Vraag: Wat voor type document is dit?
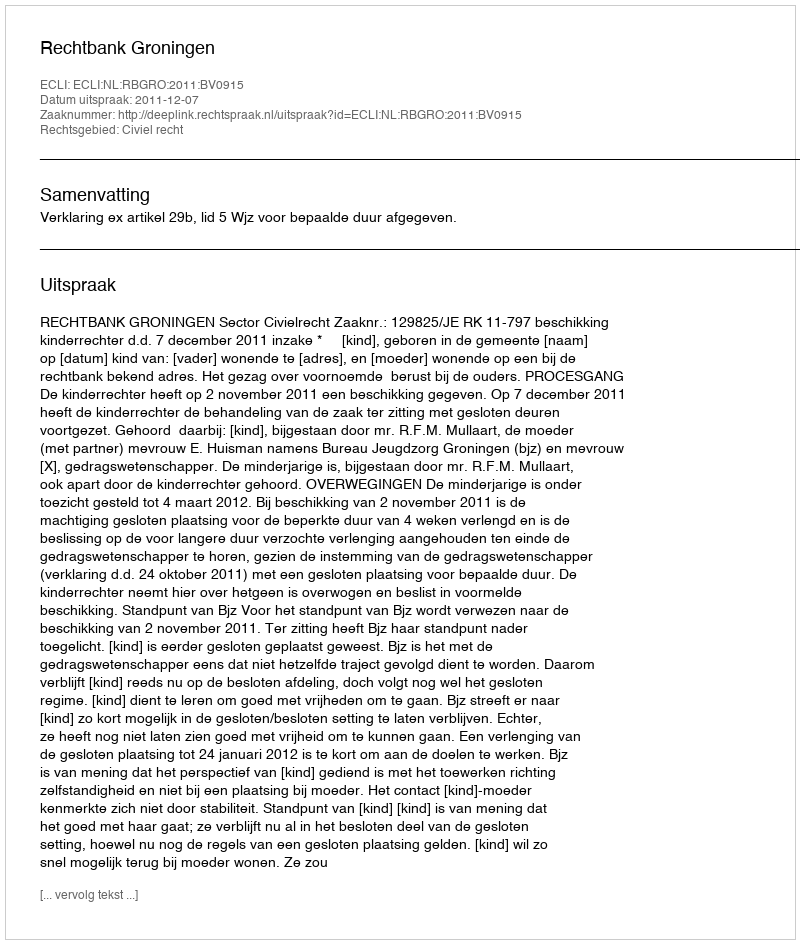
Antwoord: Uitspraak